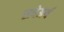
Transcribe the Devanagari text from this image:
रायेअर्थ